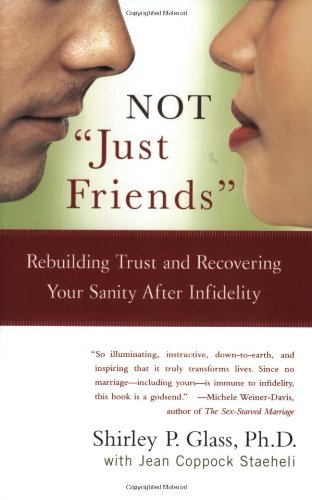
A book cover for Not "Just Friends": Rebuilding Trust and Recovering Your Sanity After Infidelity; Shirley P. Glass; Parenting & Relationships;